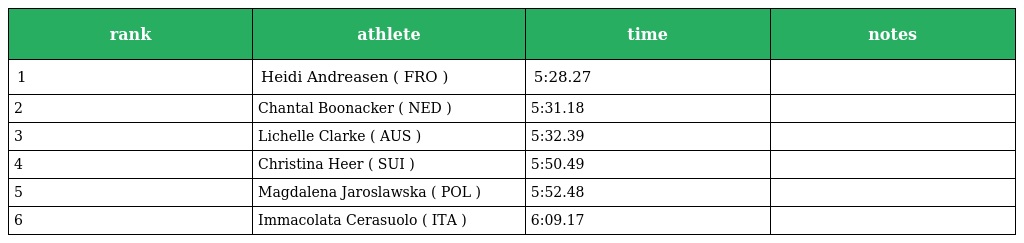
| rank | athlete | time | notes |
 | --- | --- | --- | --- |
 | 1 | Heidi Andreasen ( FRO ) | 5:28.27 |  |
 | 2 | Chantal Boonacker ( NED ) | 5:31.18 |  |
 | 3 | Lichelle Clarke ( AUS ) | 5:32.39 |  |
 | 4 | Christina Heer ( SUI ) | 5:50.49 |  |
 | 5 | Magdalena Jaroslawska ( POL ) | 5:52.48 |  |
 | 6 | Immacolata Cerasuolo ( ITA ) | 6:09.17 |  |